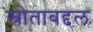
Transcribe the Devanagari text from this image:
स्रोताबद्दल